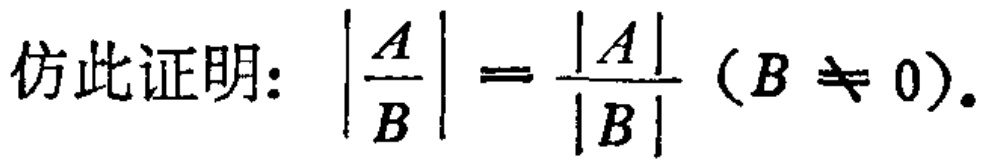
仿此证明：\(\left|\frac{A}{B}\right| = \frac{|A|}{|B|} (B \neq 0)\)